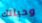
وحياتك